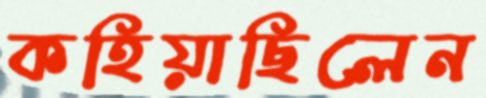
কহিয়াছিলেন